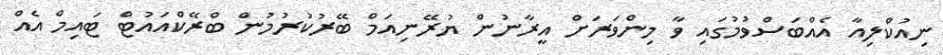
ނިއުކްލިއާ އެއްބަސްވުމުގައި ވާ މިންވަރަށް އީރާނުން ޔުރޭނިއަމް ބޭރުކުރުމުން ބްރޭކްއައުޓް ޓައިމް އެއް